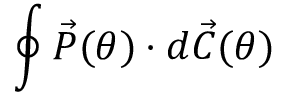
\oint \vec { P } ( \theta ) \cdot d \vec { C } ( \theta )